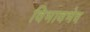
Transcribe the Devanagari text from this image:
विभावभेद